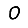
Digit: 0